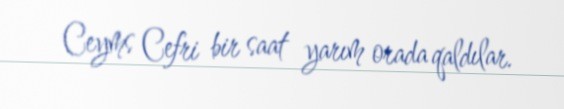
Ceyms Cefri bir saat yarım orada qaldılar.